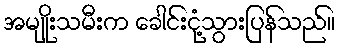
အမျိုးသမီးက ခေါင်းငုံ့သွားပြန်သည်။